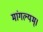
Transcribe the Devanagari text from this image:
मांगल्यम्।